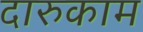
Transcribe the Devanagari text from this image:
दारुकाम